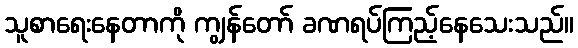
သူစာရေးနေတာကို ကျွန်တော် ခဏရပ်ကြည့်နေသေးသည်။